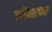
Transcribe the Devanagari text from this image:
जीब्सन